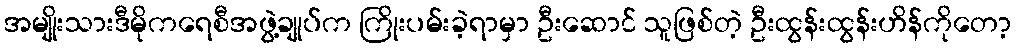
အမျိုးသားဒီမိုကရေစီအဖွဲ့ချုပ်က ကြိုးပမ်းခဲ့ရာမှာ ဦးဆောင် သူဖြစ်တဲ့ ဦးထွန်းထွန်းဟိန်ကိုတော့